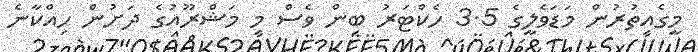
މީގެއިތުރުން މަޑަވެލީގެ 3.5 ހެކްޓަރު ބިން ވެސް މި މަޝްރޫއުގެ ދަށުން ހިއްކާނެ